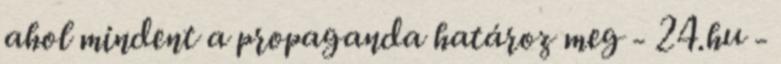
ahol mindent a propaganda határoz meg - 24.hu -